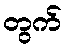
တွက်